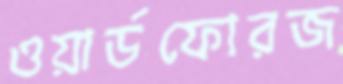
ওয়ার্ডফোরজ